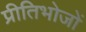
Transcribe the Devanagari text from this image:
प्रीतिभोजों